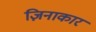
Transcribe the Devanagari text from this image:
ज़िनाकार